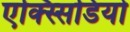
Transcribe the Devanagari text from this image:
एक्स्सिडियो